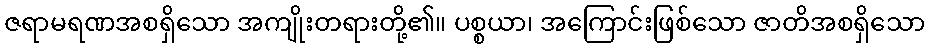
ဇရာမရဏအစရှိသော အကျိုးတရားတို့၏။ ပစ္စယာ၊ အကြောင်းဖြစ်သော ဇာတိအစရှိသော